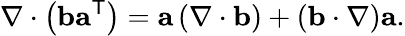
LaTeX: \nabla\cdot\left(\mathbf{b}\mathbf{a}^{\mathsf{T}}\right)=\mathbf{a}\left(\nabla\cdot\mathbf{b}\right)+\left(\mathbf{b}\cdot\nabla\right)\mathbf{a}.